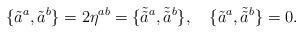
LaTeX: \begin{align*}\{ \tilde{a}^a, \tilde{a}^b\} = 2\eta^{ab} = \{\tilde{\tilde{a}}{}^a, \tilde{\tilde{a}}{ }^b\}, \quad \{\tilde{a}^a, \tilde{\tilde{a}}{ }^b\} = 0.\end{align*}